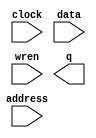
// megafunction wizard: %RAM: 1-PORT%VBB%
// GENERATION: STANDARD
// VERSION: WM1.0
// MODULE: altsyncram 

// ============================================================
// Megafunction Name(s):
// 			altsyncram
//
// Simulation Library Files(s):
// 			altera_mf
// ============================================================
// ************************************************************
// THIS IS A WIZARD-GENERATED FILE. DO NOT EDIT THIS FILE!
//
// 15.0.0 Build 145 04/22/2015 SJ Full Version
// ************************************************************

//Copyright (C) 1991-2015 Altera Corporation. All rights reserved.
//Your use of Altera Corporation's design tools, logic functions 
//and other software and tools, and its AMPP partner logic 
//functions, and any output files from any of the foregoing 
//(including device programming or simulation files), and any 
//associated documentation or information are expressly subject 
//to the terms and conditions of the Altera Program License 
//Subscription Agreement, the Altera Quartus II License Agreement,
//the Altera MegaCore Function License Agreement, or other 
//applicable license agreement, including, without limitation, 
//that your use is for the sole purpose of programming logic 
//devices manufactured by Altera and sold by Altera or its 
//authorized distributors.  Please refer to the applicable 
//agreement for further details.

module ThreeIm (
	address,
	clock,
	data,
	wren,
	q);

	input	[8:0]  address;
	input	  clock;
	input	[7:0]  data;
	input	  wren;
	output	[7:0]  q;
`ifndef ALTERA_RESERVED_QIS
// synopsys translate_off
`endif
	tri1	  clock;
`ifndef ALTERA_RESERVED_QIS
// synopsys translate_on
`endif

endmodule

// ============================================================
// CNX file retrieval info
// ============================================================
// Retrieval info: PRIVATE: ADDRESSSTALL_A NUMERIC "0"
// Retrieval info: PRIVATE: AclrAddr NUMERIC "0"
// Retrieval info: PRIVATE: AclrByte NUMERIC "0"
// Retrieval info: PRIVATE: AclrData NUMERIC "0"
// Retrieval info: PRIVATE: AclrOutput NUMERIC "0"
// Retrieval info: PRIVATE: BYTE_ENABLE NUMERIC "0"
// Retrieval info: PRIVATE: BYTE_SIZE NUMERIC "8"
// Retrieval info: PRIVATE: BlankMemory NUMERIC "0"
// Retrieval info: PRIVATE: CLOCK_ENABLE_INPUT_A NUMERIC "0"
// Retrieval info: PRIVATE: CLOCK_ENABLE_OUTPUT_A NUMERIC "0"
// Retrieval info: PRIVATE: Clken NUMERIC "0"
// Retrieval info: PRIVATE: DataBusSeparated NUMERIC "1"
// Retrieval info: PRIVATE: IMPLEMENT_IN_LES NUMERIC "0"
// Retrieval info: PRIVATE: INIT_FILE_LAYOUT STRING "PORT_A"
// Retrieval info: PRIVATE: INIT_TO_SIM_X NUMERIC "0"
// Retrieval info: PRIVATE: INTENDED_DEVICE_FAMILY STRING "Cyclone V"
// Retrieval info: PRIVATE: JTAG_ENABLED NUMERIC "0"
// Retrieval info: PRIVATE: JTAG_ID STRING "NONE"
// Retrieval info: PRIVATE: MAXIMUM_DEPTH NUMERIC "0"
// Retrieval info: PRIVATE: MIFfilename STRING "./mif number/33.mif"
// Retrieval info: PRIVATE: NUMWORDS_A NUMERIC "512"
// Retrieval info: PRIVATE: RAM_BLOCK_TYPE NUMERIC "0"
// Retrieval info: PRIVATE: READ_DURING_WRITE_MODE_PORT_A NUMERIC "3"
// Retrieval info: PRIVATE: RegAddr NUMERIC "1"
// Retrieval info: PRIVATE: RegData NUMERIC "1"
// Retrieval info: PRIVATE: RegOutput NUMERIC "0"
// Retrieval info: PRIVATE: SYNTH_WRAPPER_GEN_POSTFIX STRING "0"
// Retrieval info: PRIVATE: SingleClock NUMERIC "1"
// Retrieval info: PRIVATE: UseDQRAM NUMERIC "1"
// Retrieval info: PRIVATE: WRCONTROL_ACLR_A NUMERIC "0"
// Retrieval info: PRIVATE: WidthAddr NUMERIC "9"
// Retrieval info: PRIVATE: WidthData NUMERIC "8"
// Retrieval info: PRIVATE: rden NUMERIC "0"
// Retrieval info: LIBRARY: altera_mf altera_mf.altera_mf_components.all
// Retrieval info: CONSTANT: CLOCK_ENABLE_INPUT_A STRING "BYPASS"
// Retrieval info: CONSTANT: CLOCK_ENABLE_OUTPUT_A STRING "BYPASS"
// Retrieval info: CONSTANT: INIT_FILE STRING "./mif number/33.mif"
// Retrieval info: CONSTANT: INTENDED_DEVICE_FAMILY STRING "Cyclone V"
// Retrieval info: CONSTANT: LPM_HINT STRING "ENABLE_RUNTIME_MOD=NO"
// Retrieval info: CONSTANT: LPM_TYPE STRING "altsyncram"
// Retrieval info: CONSTANT: NUMWORDS_A NUMERIC "512"
// Retrieval info: CONSTANT: OPERATION_MODE STRING "SINGLE_PORT"
// Retrieval info: CONSTANT: OUTDATA_ACLR_A STRING "NONE"
// Retrieval info: CONSTANT: OUTDATA_REG_A STRING "UNREGISTERED"
// Retrieval info: CONSTANT: POWER_UP_UNINITIALIZED STRING "FALSE"
// Retrieval info: CONSTANT: READ_DURING_WRITE_MODE_PORT_A STRING "NEW_DATA_NO_NBE_READ"
// Retrieval info: CONSTANT: WIDTHAD_A NUMERIC "9"
// Retrieval info: CONSTANT: WIDTH_A NUMERIC "8"
// Retrieval info: CONSTANT: WIDTH_BYTEENA_A NUMERIC "1"
// Retrieval info: USED_PORT: address 0 0 9 0 INPUT NODEFVAL "address[8..0]"
// Retrieval info: USED_PORT: clock 0 0 0 0 INPUT VCC "clock"
// Retrieval info: USED_PORT: data 0 0 8 0 INPUT NODEFVAL "data[7..0]"
// Retrieval info: USED_PORT: q 0 0 8 0 OUTPUT NODEFVAL "q[7..0]"
// Retrieval info: USED_PORT: wren 0 0 0 0 INPUT NODEFVAL "wren"
// Retrieval info: CONNECT: @address_a 0 0 9 0 address 0 0 9 0
// Retrieval info: CONNECT: @clock0 0 0 0 0 clock 0 0 0 0
// Retrieval info: CONNECT: @data_a 0 0 8 0 data 0 0 8 0
// Retrieval info: CONNECT: @wren_a 0 0 0 0 wren 0 0 0 0
// Retrieval info: CONNECT: q 0 0 8 0 @q_a 0 0 8 0
// Retrieval info: GEN_FILE: TYPE_NORMAL ThreeIm.v TRUE
// Retrieval info: GEN_FILE: TYPE_NORMAL ThreeIm.inc FALSE
// Retrieval info: GEN_FILE: TYPE_NORMAL ThreeIm.cmp FALSE
// Retrieval info: GEN_FILE: TYPE_NORMAL ThreeIm.bsf FALSE
// Retrieval info: GEN_FILE: TYPE_NORMAL ThreeIm_inst.v FALSE
// Retrieval info: GEN_FILE: TYPE_NORMAL ThreeIm_bb.v TRUE
// Retrieval info: LIB_FILE: altera_mf